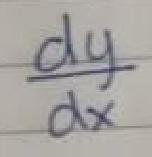
$\frac{dy}{dx}$